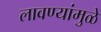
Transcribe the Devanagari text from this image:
लावण्यांमुळे